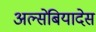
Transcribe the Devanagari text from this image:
अल्सेबियादेस